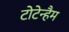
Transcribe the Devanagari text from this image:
टोटेन्हैम